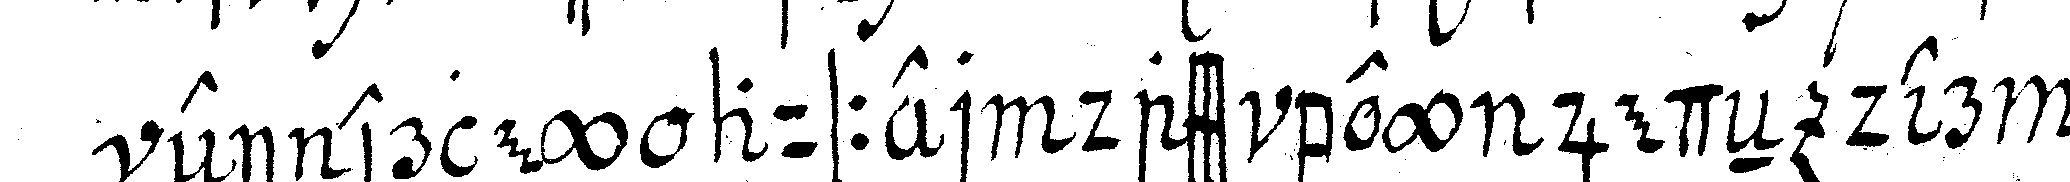
einerley ausser dass bey jedeN der